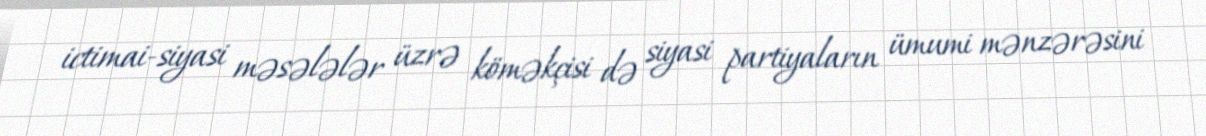
ictimai-siyasi məsələlər üzrə köməkçisi də siyasi partiyaların ümumi mənzərəsini